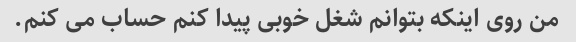
من روی اینکه بتوانم شغل خوبی پیدا کنم حساب می کنم.